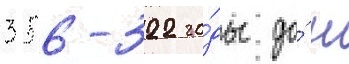
356-322 го́ды до́ н